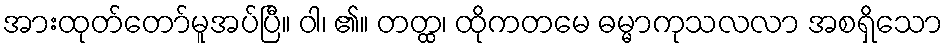
အားထုတ်တော်မူအပ်ပြီ။ ဝါ၊ ၏။ တတ္ထ၊ ထိုကတမေ ဓမ္မာကုသလလာ အစရှိသော